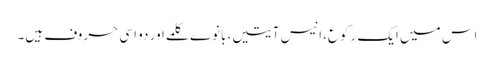
اس میں ایک رکوع، انیس آیتیں، بانوے کلمے اور دو اسی حروف ہیں۔